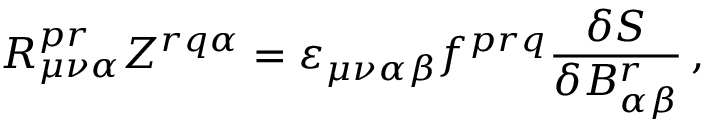
R _ { \mu \nu \alpha } ^ { p r } Z ^ { r q \alpha } = { \varepsilon } _ { \mu \nu \alpha \beta } f ^ { p r q } \frac { \delta { \cal S } } { \delta B _ { \alpha \beta } ^ { r } } \, ,